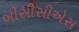
બીસીસીએસ